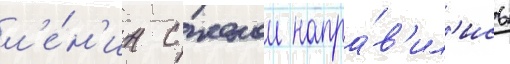
л'е́н'ин с женои напра́в'ил'ись